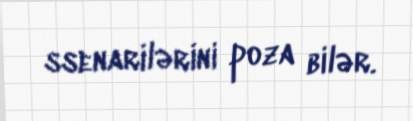
ssenarilərini poza bilər.